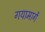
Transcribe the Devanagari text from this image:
गयामार्गे